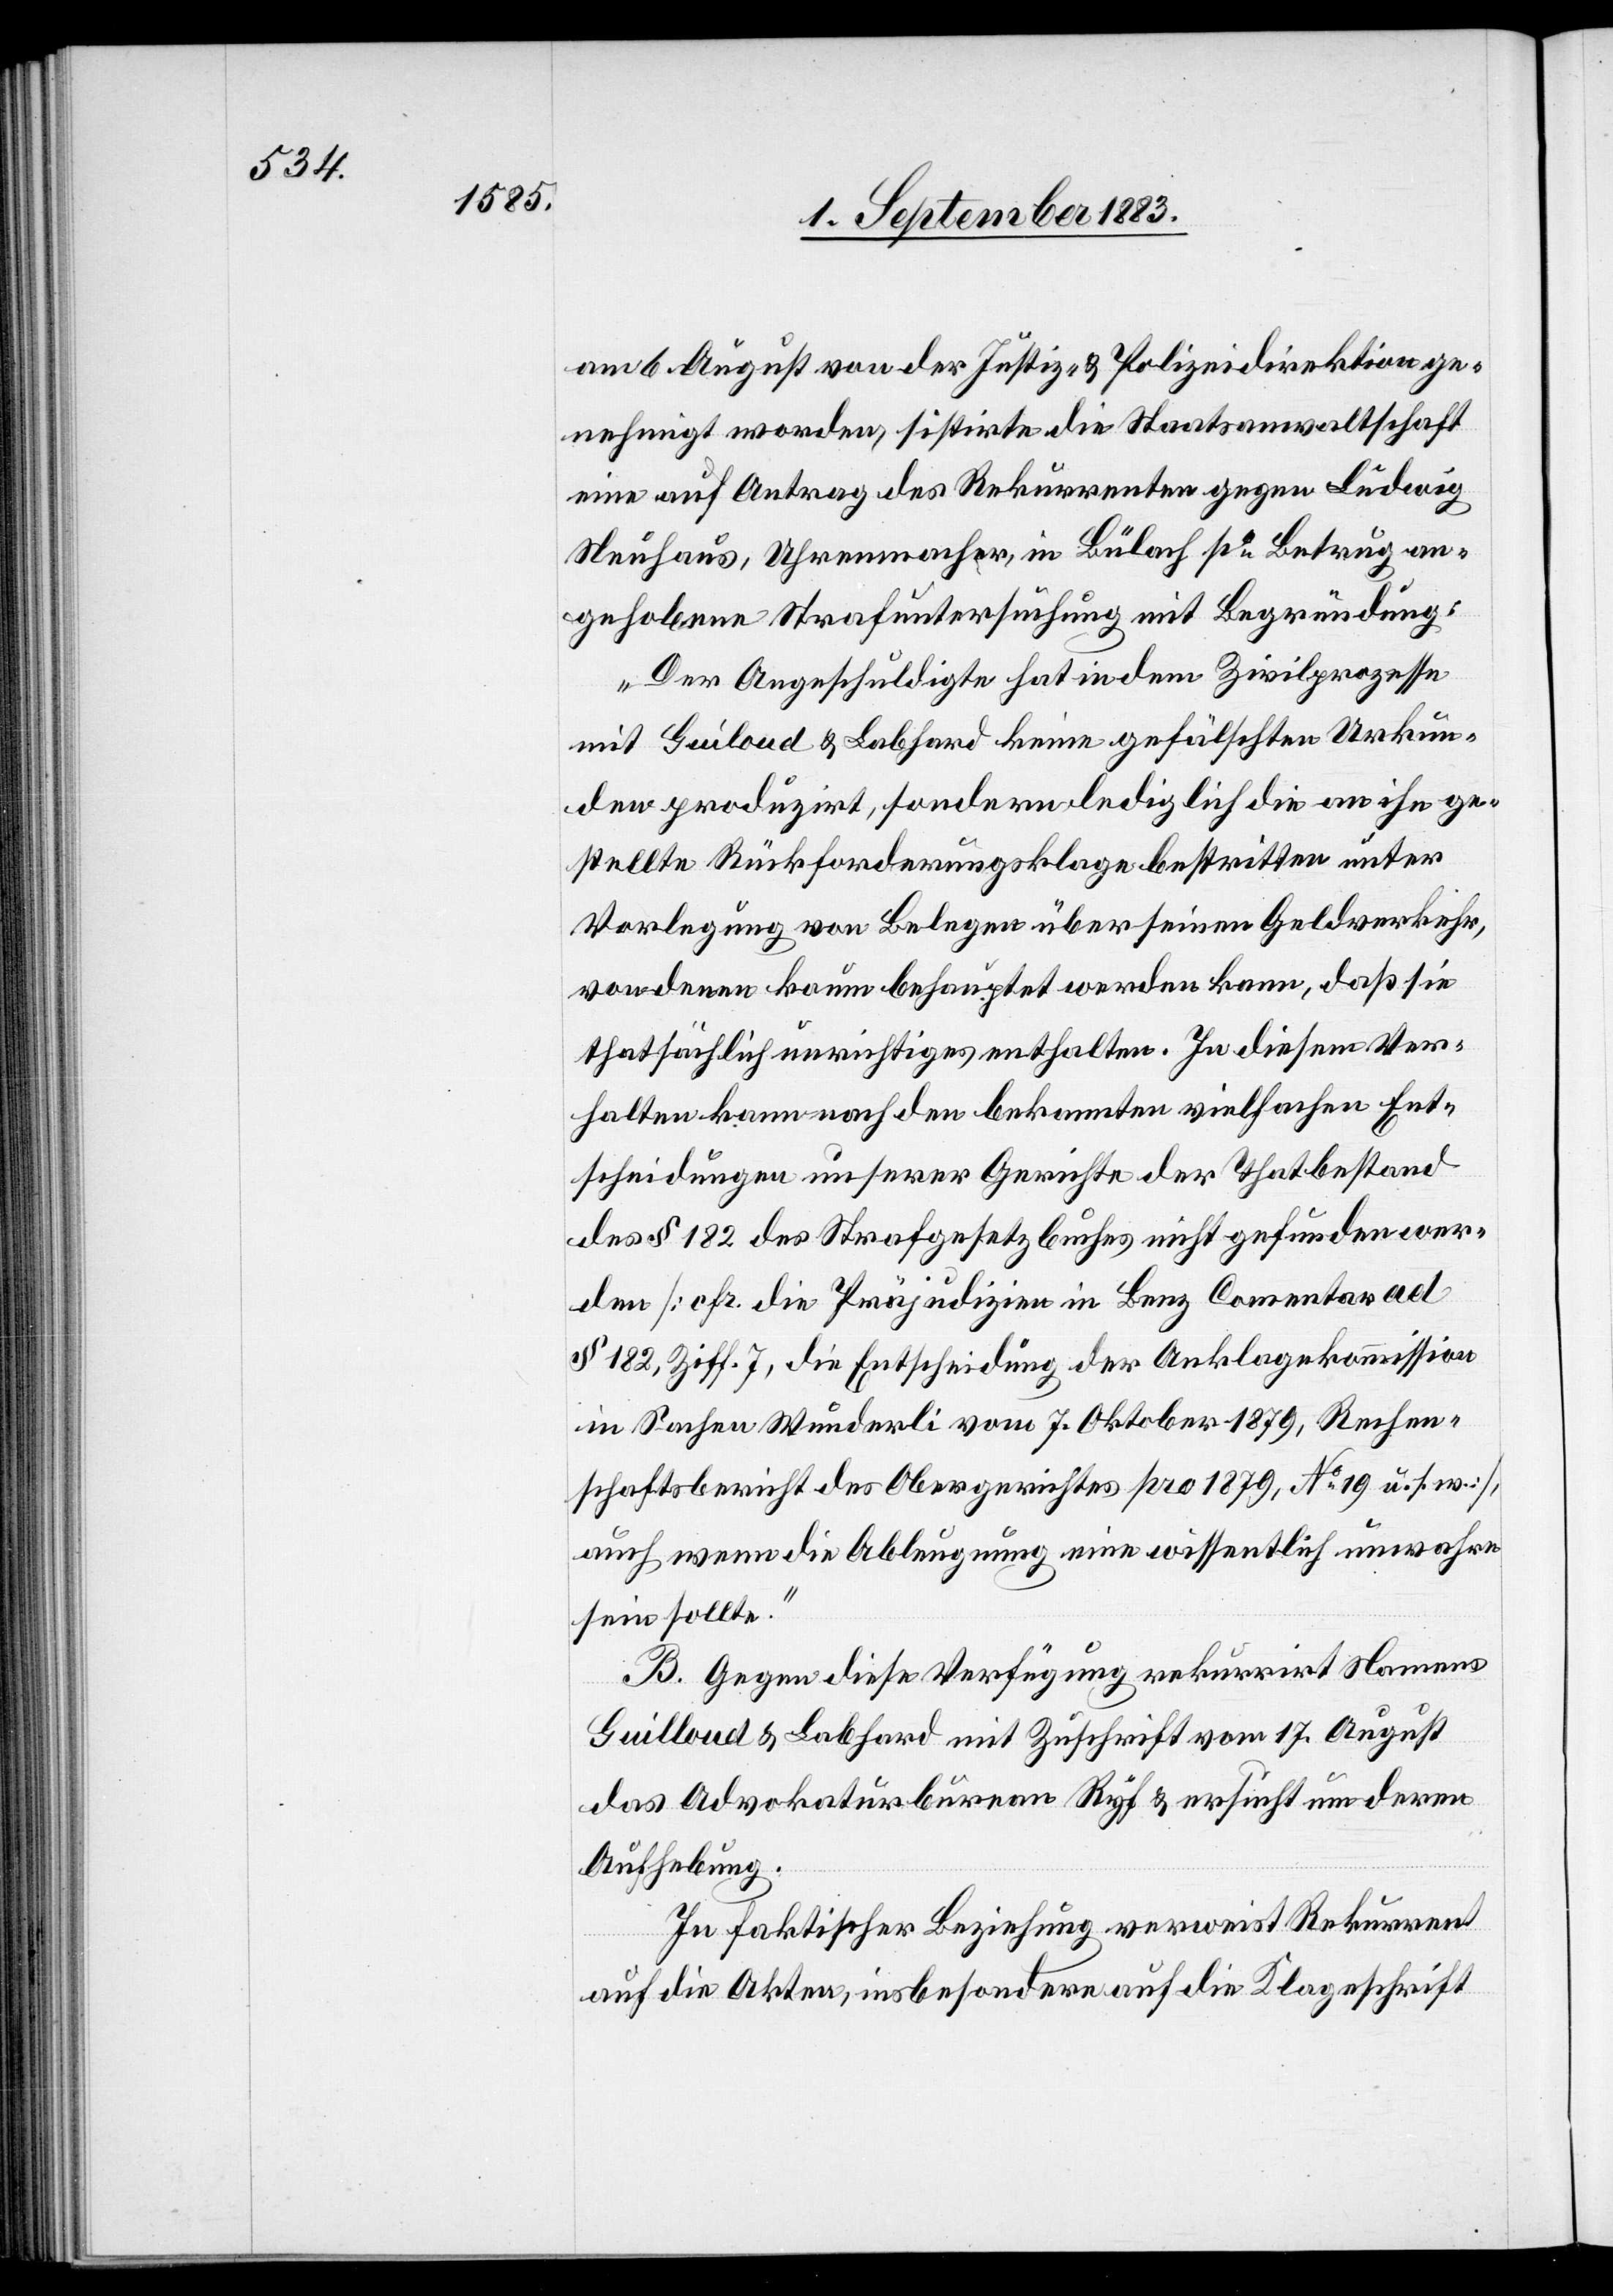
am 6. August von der Justiz- & Polizeidirektion ge¬
nehmigt worden, sistirte die Staatsanwaltschaft
eine auf Antrag des Rekurrenten gegen Ludwig
Neuhaus, Uhrenmacher, in Bülach po Betrug an¬
gehobene Strafuntersuchung mit der Begründung:
„Der Angeschuldigte hat in dem Zivilprozesse
mit Guiloud [sic!] & Labhard keine gefälschten Urkun¬
den produzirt, sondern lediglich die an ihn ge¬
stellte Rückforderungsklage bestritten unter
Vorlegung von Belegen über seinen Geldverkehr,
von denen kaum behauptet werden kann, daß sie
thatsächlich unrichtiges enthalten. In diesem Ver¬
halten kann nach den Bekannten vielfachen Ent¬
scheidungen unserer Gerichte der Thatbestand
des § 182 des Strafgesetzbuches nicht gefunden wer¬
den [cfr. die Präjudizien in Benz Comentar ad
§ 182, Ziff. 7, die Entscheidung der Anklagekommission
in Sachen Wunderli vom 7. Oktober 1879, Rechen¬
schaftsbericht des Obergerichtes pro 1879, No 19 u. s. w.],
auch wenn die Ableugnung eine wissentlich unwahre
sein sollte.“
B. Gegen diese Verfügung rekurrirt Namens
Guilloud & Labhard mit Zuschrift vom 17. August
das Advokaturbureau Ryf & ersucht um deren
Aufhebung.
In faktischer Beziehung verweist Rekurrent
auf die Akten, insbesondere auf die Klageschrift